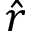
\hat { r }